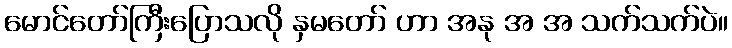
မောင်တော်ကြီးပြောသလို နှမတော် ဟာ အနု အ အ သက်သက်ပဲ။